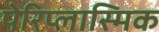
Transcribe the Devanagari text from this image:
पेरिप्लास्मिक